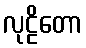
လုဠိတော